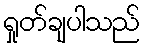
ရှုတ်ချပါသည်